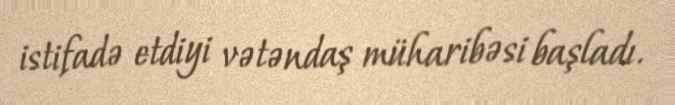
istifadə etdiyi vətəndaş müharibəsi başladı.